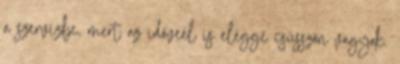
a szervízbe, mert az időveél is eléggé csüsszön vagyok.